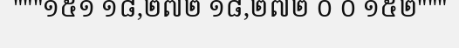
"""១៥១ ១៨,២៧២ ១៨,២៧២ ០ ០ ១៥២"""